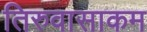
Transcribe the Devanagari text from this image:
तिरुवासाकम